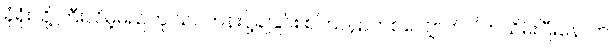
ခုံရုံးသို့ ကြီးလိမ့်မည်ဟု သင်တန်းပို့ချခြင်း စကြဝဠာတစ်လျှောက် ပိတ်သိမ်းပြီးနောက်